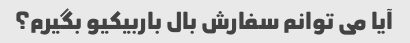
آیا می توانم سفارش بال باربیکیو بگیرم؟